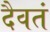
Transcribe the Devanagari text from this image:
दैवतं